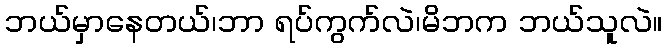
ဘယ်မှာနေတယ်၊ဘာ ရပ်ကွက်လဲ၊မိဘက ဘယ်သူလဲ။